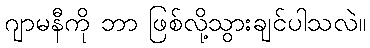
ဂျာမနီကို ဘာ ဖြစ်လို့သွားချင်ပါသလဲ။